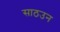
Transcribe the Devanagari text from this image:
साठउन